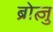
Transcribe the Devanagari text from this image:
ब्रोत्ज़ु